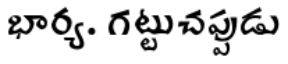
భార్య. గట్టుచప్పుడు